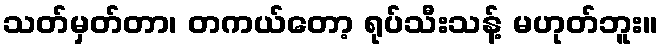
သတ်မှတ်တာ၊ တကယ်တော့ ရုပ်သီးသန့် မဟုတ်ဘူး။